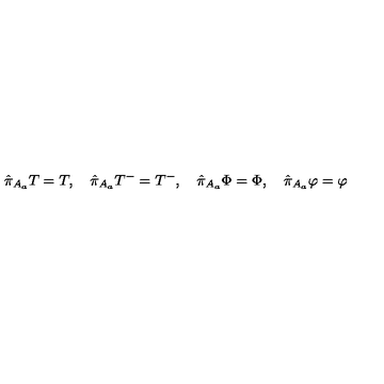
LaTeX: \hat { \pi } _ { A _ { a } } T = T , \quad \hat { \pi } _ { A _ { a } } T ^ { - } = T ^ { - } , \quad \hat { \pi } _ { A _ { a } } \Phi = \Phi , \quad \hat { \pi } _ { A _ { a } } \varphi = \varphi